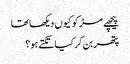
پیچھے مڑ کو کیوں دیکھا تھا
پتھر بن کر کیا تکتے ہو؟